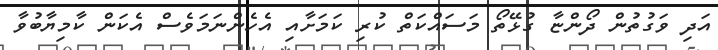
އަދި ވަގުތުން ދޯންޏާ ގުޅޭތޯ މަސައްކަތް ކުރި ކަމަށާއި އެހެންނަމަވެސް އެކަން ކާމިޔާބުވާ